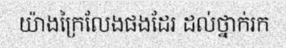
យ៉ាងក្រៃលែងផងដែរ ដល់ថ្នាក់រក